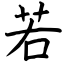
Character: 若